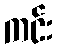
ကင်း